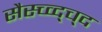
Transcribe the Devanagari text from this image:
सैस्च्व्द्च्द